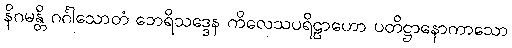
နိဂမန္တိ ဂင်္ဂါသောတံ ဘေရိသဒ္ဒေန ကိလေသပရိဠာဟော ပတိဋ္ဌာနောကာသော